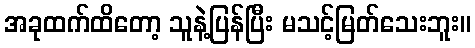
အခုထက်ထိတော့ သူနဲ့ပြန်ပြီး မသင့်မြတ်သေးဘူး။